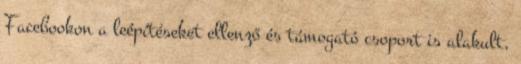
Facebookon a leépítéseket ellenző és támogató csoport is alakult,